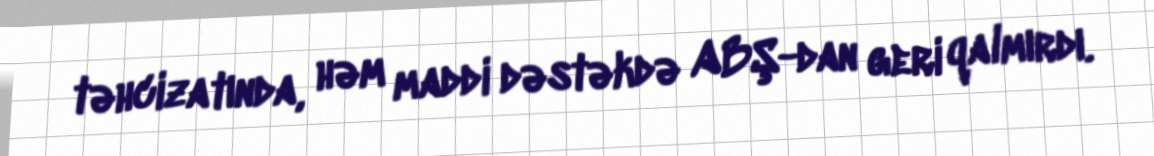
təhcizatında, həm maddi dəstəkdə ABŞ-dan geri qalmırdı.